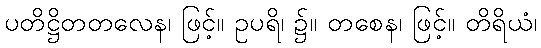
ပတိဋ္ဌိတတလေန၊ ဖြင့်။ ဥပရိ၊ ၌။ တစေန၊ ဖြင့်။ တိရိယံ၊